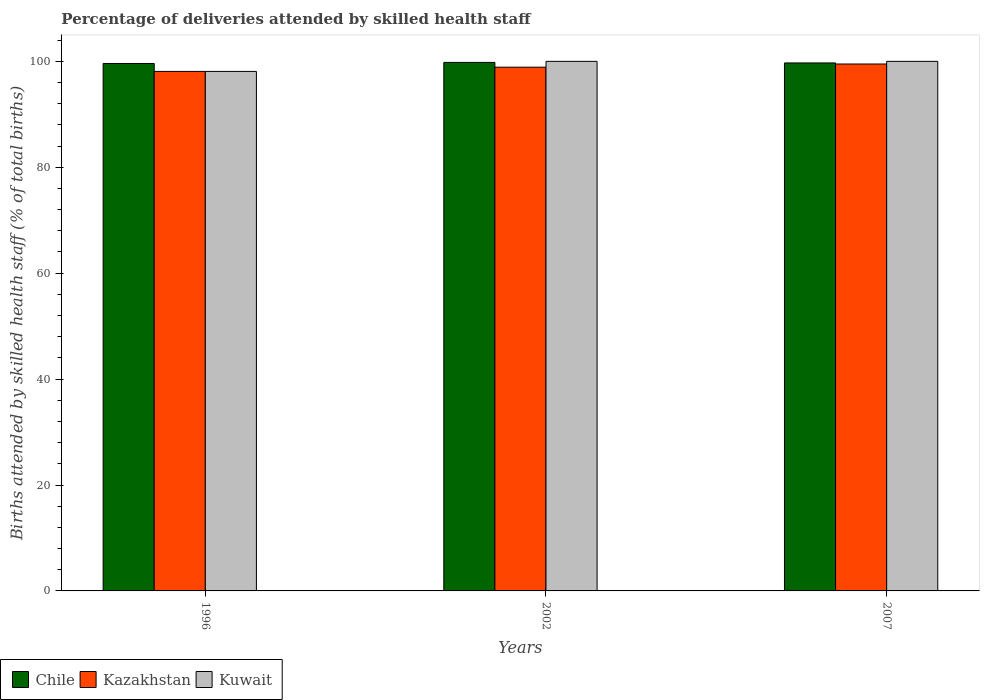
| Years | Chile | Kazakhstan | Kuwait |
 | --- | --- | --- | --- |
 | 1996 | 99.6 | 98.1 | 98.1 |
 | 2002 | 99.8 | 98.9 | 100 |
 | 2007 | 99.7 | 99.5 | 100 |